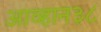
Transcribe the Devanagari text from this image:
आव्हान३८